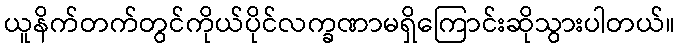
ယူနိက်တက်တွင်ကိုယ်ပိုင်လက္ခဏာမရှိကြောင်းဆိုသွားပါတယ်။